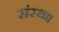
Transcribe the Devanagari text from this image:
संस्था।